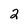
Character: 2